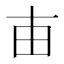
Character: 𤰔